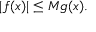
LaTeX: | f ( x ) | \leq M g ( x ) .